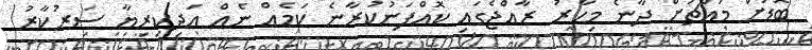
ބޮޑަށް މައްޗަށް ދާނެ މިހާރު ރާއްޖެގައި ކޮއްފަނުކުރާނެ ކަމެއް ނެއް އަދިކިރިޔާ ސަރުކާރު